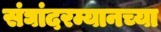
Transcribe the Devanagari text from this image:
संघांदरम्यानच्या